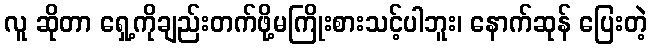
လူ ဆိုတာ ရှေ့ကိုချည်းတက်ဖို့မကြိုးစားသင့်ပါဘူး၊ နောက်ဆုန် ပြေးတဲ့